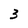
Character: 3